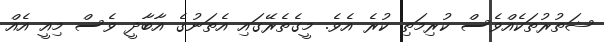
ޝަތުރުތަކެއްވެސް ކުރިމަތި ކުރެ އެވެ. މީގެތެރޭގައި އެތަނުގެ އާބާދީ ވެސް މިއީ އެއް